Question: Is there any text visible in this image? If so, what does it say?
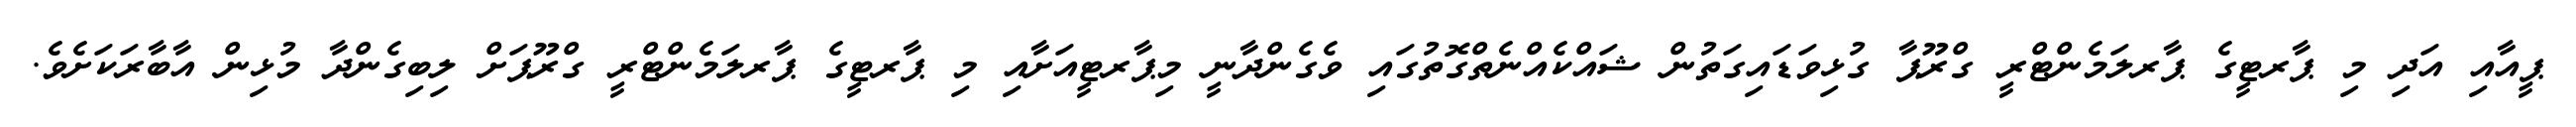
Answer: ޕީއާއި އަދި މި ޕާރޓީގެ ޕާރލަމެންޓްރީ ގްރޫޕާ ގުޅިވަޑައިގަތުން ޝައްކެއްނެތްގޮތުގައި ވެގެންދާނީ މިޕާރޓީއަށާއި މި ޕާރޓީގެ ޕާރލަމެންޓްރީ ގްރޫޕަށް ލިބިގެންދާ މުޅިން އާބާރަކަށެވެ.